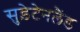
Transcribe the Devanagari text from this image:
सुड़ेटेनलैंड